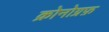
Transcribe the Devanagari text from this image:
क्रोनोग्रफ़